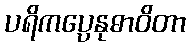
ပရိကပ္ပေနုဓာဝိတာ